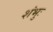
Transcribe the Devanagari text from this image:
शंभुः